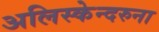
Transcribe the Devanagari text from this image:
अलिस्केन्दरुना